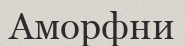
Аморфни